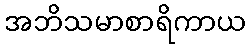
အဘိသမာစာရိကာယ